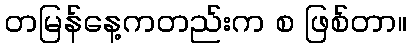
တမြန်နေ့ကတည်းက စ ဖြစ်တာ။